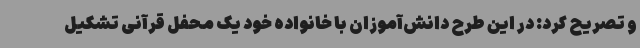
و تصریح کرد: در این طرح دانش‌آموزان با خانواده خود یک محفل قرآنی تشکیل